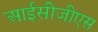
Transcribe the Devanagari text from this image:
आईसीजीएस